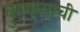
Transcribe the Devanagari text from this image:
कुणब्याची